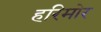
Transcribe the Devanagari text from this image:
हरिमोर